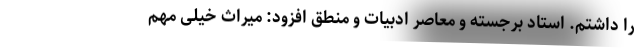
را داشتم. استاد برجسته و معاصر ادبیات و منطق افزود: میراث خیلی مهم